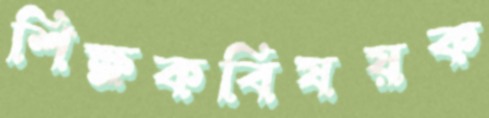
শিক্ষকবিষয়ক